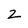
Character: z